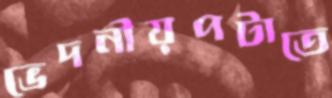
ভেদনীয়পটাতে